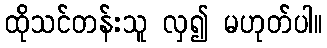
ထိုသင်တန်းသူ လှ၍ မဟုတ်ပါ။